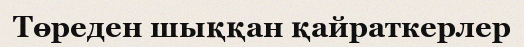
Төреден шыққан қайраткерлер